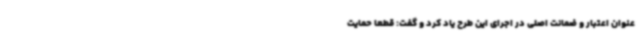
عنوان اعتبار و ضمانت اصلی در اجرای این طرح یاد کرد و گفت: قطعاً حمایت